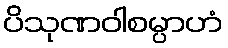
ပိသုဏဝါစမ္ပာဟံ